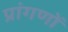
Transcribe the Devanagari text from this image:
प्रांगणों